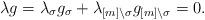
LaTeX: \begin{align*}\lambda g =\lambda_\sigma g_\sigma + \lambda_{[m]\setminus \sigma} g_{[m]\setminus \sigma} = 0.\end{align*}